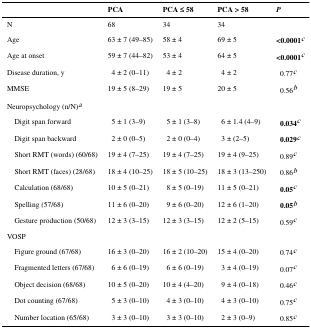
<table><thead><tr><td></td><td><b>PCA</b></td><td><b>PCA ≤ 58</b></td><td><b>PCA &gt; 58</b></td><td><b><i>P</i></b></td></tr></thead><tbody><tr><td>N</td><td>68</td><td>34</td><td>34</td><td></td></tr><tr><td>Age</td><td>63 ± 7 (49–85)</td><td>58 ± 4</td><td>69 ± 5</td><td><b>&lt;0.0001</b>c</td></tr><tr><td>Age at onset</td><td>59 ± 7 (44–82)</td><td>53 ± 4</td><td>64 ± 5</td><td><b>&lt;0.0001</b>c</td></tr><tr><td>Disease duration, y</td><td>4 ± 2 (0–11)</td><td>4 ± 2</td><td>4 ± 2</td><td>0.77c</td></tr><tr><td>MMSE</td><td>19 ± 5 (8–29)</td><td>19 ± 5</td><td>20 ± 5</td><td>0.56b</td></tr><tr><td colspan="5">Neuropsychology (n/N)a</td></tr><tr><td>Digit span forward</td><td>5 ± 1 (3–9)</td><td>5 ± 1 (3–8)</td><td>6 ± 1.4 (4–9)</td><td><b>0.034</b>c</td></tr><tr><td>Digit span backward</td><td>2 ± 0 (0–5)</td><td>2 ± 0 (0–4)</td><td>3 ± (2–5)</td><td><b>0.029</b>c</td></tr><tr><td>Short RMT (words) (60/68)</td><td>19 ± 4 (7–25)</td><td>19 ± 4 (7–25)</td><td>19 ± 4 (9–25)</td><td>0.89c</td></tr><tr><td>Short RMT (faces) (28/68)</td><td>18 ± 4 (10–25)</td><td>18 ± 5 (10–25)</td><td>18 ± 3 (13–250)</td><td>0.86b</td></tr><tr><td>Calculation (68/68)</td><td>10 ± 5 (0–21)</td><td>8 ± 5 (0–19)</td><td>11 ± 5 (0–21)</td><td><b>0.05</b>c</td></tr><tr><td>Spelling (57/68)</td><td>11 ± 6 (0–20)</td><td>9 ± 6 (0–20)</td><td>12 ± 6 (1–20)</td><td><b>0.05</b>b</td></tr><tr><td>Gesture production (50/68)</td><td>12 ± 3 (3–15)</td><td>12 ± 3 (3–15)</td><td>12 ± 2 (5–15)</td><td>0.59c</td></tr><tr><td colspan="5">VOSP</td></tr><tr><td>Figure ground (67/68)</td><td>16 ± 3 (0–20)</td><td>16 ± 2 (10–20)</td><td>15 ± 4 (0–20)</td><td>0.74c</td></tr><tr><td>Fragmented letters (67/68)</td><td>6 ± 6 (0–19)</td><td>6 ± 6 (0–19)</td><td>3 ± 4 (0–19)</td><td>0.07c</td></tr><tr><td>Object decision (68/68)</td><td>10 ± 5 (0–20)</td><td>10 ± 4 (4–20)</td><td>9 ± 4 (0–18)</td><td>0.46c</td></tr><tr><td>Dot counting (67/68)</td><td>5 ± 3 (0–10)</td><td>4 ± 3 (0–10)</td><td>4 ± 3 (0–10)</td><td>0.75c</td></tr><tr><td>Number location (65/68)</td><td>3 ± 3 (0–10)</td><td>3 ± 3 (0–10)</td><td>2 ± 3 (0–9)</td><td>0.85c</td></tr></tbody></table>